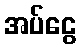
အပ်ငွေ